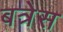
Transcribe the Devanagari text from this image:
बत्रेस